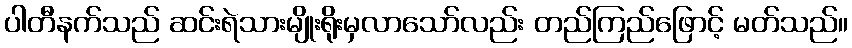
ပါတီနက်သည် ဆင်းရဲသားမျိုးရိုးမှလာသော်လည်း တည်ကြည်ဖြောင့် မတ်သည်။